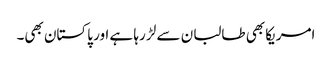
امریکا بھی طالبان سے لڑ رہا ہے اور پاکستان بھی۔